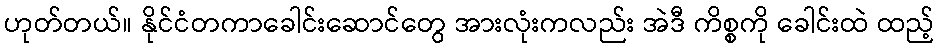
ဟုတ်တယ်။ နိုင်ငံတကာခေါင်းဆောင်တွေ အားလုံးကလည်း အဲဒီ ကိစ္စကို ခေါင်းထဲ ထည့်